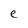
Character: e